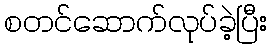
စတင်ဆောက်လုပ်ခဲ့ပြီး